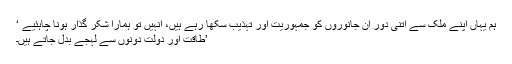
ہم یہاں اپنے ملک سے اتنی دور ان جانوروں کو جمہوریت اور تہذیب سکھا رہے ہیں، انہیں تو ہمارا شکر گذار ہونا چاہئیے ‘
’طاقت اور دولت دونوں سے لہجے بدل جاتے ہیں۔